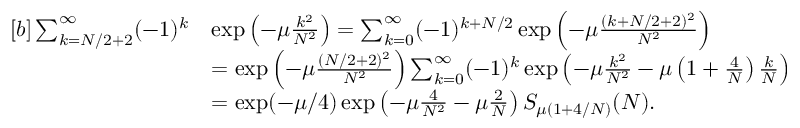
\begin{array} { r l } { [ b ] \sum _ { k = N / 2 + 2 } ^ { \infty } ( - 1 ) ^ { k } } & { \exp \left( - \mu \frac { k ^ { 2 } } { N ^ { 2 } } \right) = \sum _ { k = 0 } ^ { \infty } ( - 1 ) ^ { k + N / 2 } \exp \left( - \mu \frac { ( k + N / 2 + 2 ) ^ { 2 } } { N ^ { 2 } } \right) } \\ & { = \exp \left( - \mu \frac { ( N / 2 + 2 ) ^ { 2 } } { N ^ { 2 } } \right) \sum _ { k = 0 } ^ { \infty } ( - 1 ) ^ { k } \exp \left( - \mu \frac { k ^ { 2 } } { N ^ { 2 } } - \mu \left( 1 + \frac { 4 } { N } \right) \frac { k } { N } \right) } \\ & { = \exp ( - \mu / 4 ) \exp \left( - \mu \frac { 4 } { N ^ { 2 } } - \mu \frac { 2 } { N } \right) S _ { \mu ( 1 + 4 / N ) } ( N ) . } \end{array}